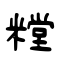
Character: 糛